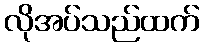
လိုအပ်သည်ထက်